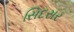
સિદસર